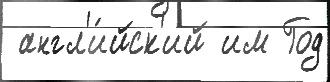
 англ'и́йск'ий им Год